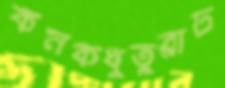
কনকধুতুরাঢ